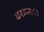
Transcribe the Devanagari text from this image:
धराधरः।।